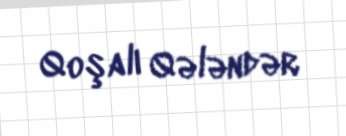
Qoşalı Qələndər